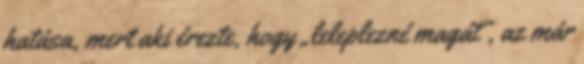
hatá­sa, mert aki érezte, hogy „leleplezné magát”, az már